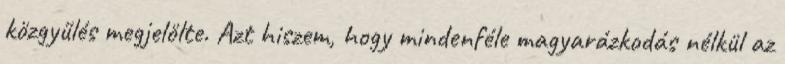
közgyűlés megjelölte. Azt hiszem, hogy mindenféle magyarázkodás nélkül az